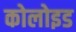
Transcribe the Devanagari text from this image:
कोलोइड